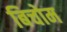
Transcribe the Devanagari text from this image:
बिचोम